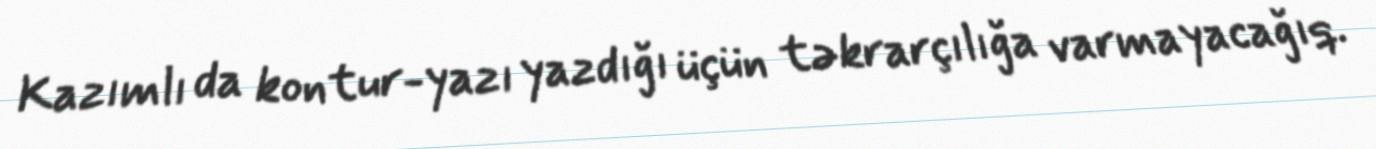
Kazımlı da kontur-yazı yazdığı üçün təkrarçılığa varmayacağıq.